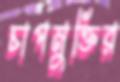
চাপমুক্তির